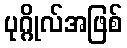
ပုဂ္ဂိုလ်အဖြစ်